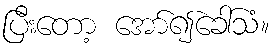
ပြီးတော့ အော်၍ခေါ်သံ။